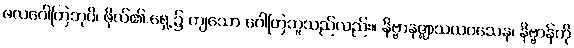
ဖလဂေါတြဘုပိ၊ ဖိုလ်၏ ရှေ့၌ ကျသော ဂေါတြဘူသည်လည်း။ နိဗ္ဗာနဇ္ဈာသယဝသေန၊ နိဗ္ဗာန်ကို